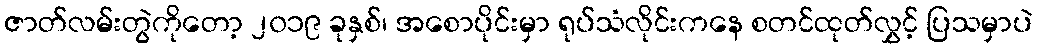
ဇာတ်လမ်းတွဲကိုတော့ ၂၀၁၉ ခုနှစ်၊ အစောပိုင်းမှာ ရုပ်သံလိုင်းကနေ စတင်ထုတ်လွှင့် ပြသမှာပဲ